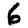
Digit: 6